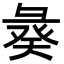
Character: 𢑣